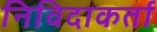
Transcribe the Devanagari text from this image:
निविदाकर्ता